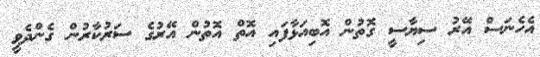
އެހެނަސް އޭރު ސިޔާސީ ގޮތުން އޮބިއަޅާފައި އޮތް އޮތުން އޭރުގެ ސަރުކާރުން ގެންދެވީ